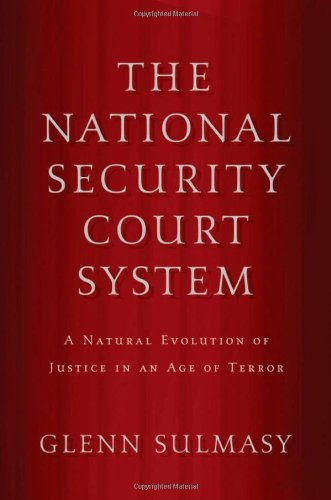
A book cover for The National Security Court System: A Natural Evolution of Justice in an Age of Terror; Glenn Sulmasy; Law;